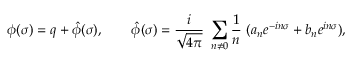
\phi ( \sigma ) = q + \hat { \phi } ( \sigma ) , \qquad \hat { \phi } ( \sigma ) = { \frac i { \sqrt { 4 \pi } } } ~ \sum _ { n \ne 0 } { \frac 1 n } ~ ( a _ { n } e ^ { - i n \sigma } + b _ { n } e ^ { i n \sigma } ) ,